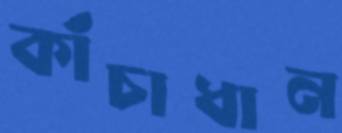
কাঁচাধান